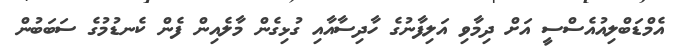
އެމްޑަބްލިއުއެސްސީ އަށް ދިމާވި އަލިފާނުގެ ހާދިސާއާއި ގުޅިގެން މާލެއިން ފެން ކެނޑުމުގެ ސަބަބުން